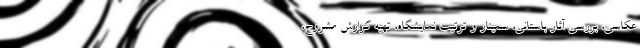
عکاسی، بررسی آثار باستانی، سمینار و ترتیب نمایشگاه، تهیه گزارش مشروح،